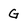
Character: G